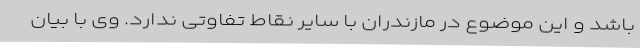
باشد و این موضوع در مازندران با سایر نقاط تفاوتی ندارد. وی با بیان